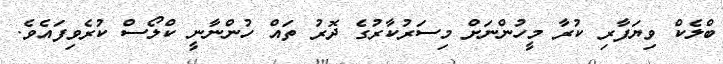
ބްލެކް ވިޔަފާރި ކުރާ މީހުންނަށް މިސަރުކާރުގެ ދޮރު ތައް ހުންނާނީ ކްލޯސް ކުރެވިފައެވެ.